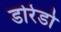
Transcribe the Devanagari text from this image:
डोरेडो